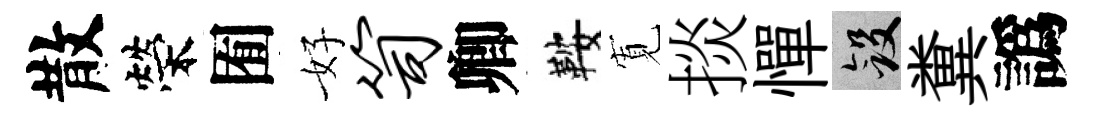
散榮囿好笥卿鞍𡩖掞憚斂糞譌